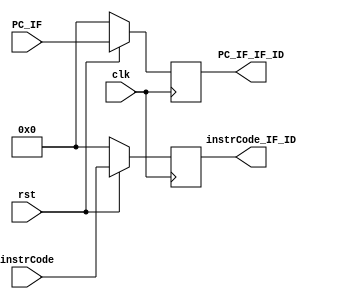
module IF_ID (
    input wire clk,
    input wire rst,
    input wire [31:0] instrCode,
    input wire [31:0] PC_IF,
    output reg [31:0] instrCode_IF_ID,
    output reg [31:0] PC_IF_IF_ID
);

always @(posedge clk)
begin
    if (!rst)
    begin
        instrCode_IF_ID <= 32'd0;
        PC_IF_IF_ID <= 32'd0;
    end
    else
    begin
        instrCode_IF_ID <= instrCode;
        PC_IF_IF_ID <= PC_IF;
    end
end

endmodule